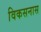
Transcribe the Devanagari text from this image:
विकसनास